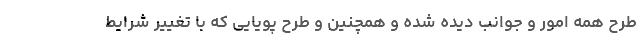
طرح همه امور و جوانب دیده شده و همچنین و طرح پویایی که با تغییر شرایط